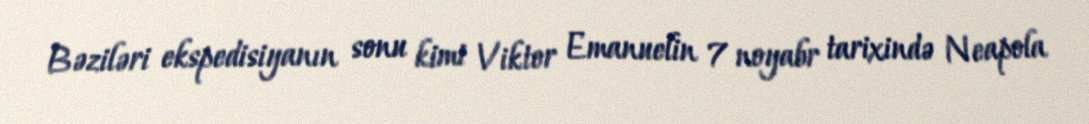
Bəziləri ekspedisiyanın sonu kimi Viktor Emanuelin 7 noyabr tarixində Neapola